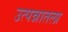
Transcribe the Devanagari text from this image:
उत्पन्नातला